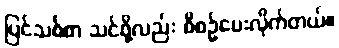
ပြင်သစ်စာ သင်ဖို့လည်း စီစဉ်ပေးလိုက်တယ်။